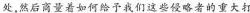
处，然后商量着如何给予我们这些侵略者的重大打